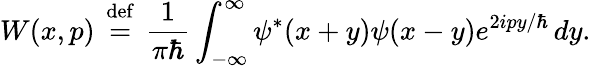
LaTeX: W(x,p)\, \ {\stackrel{\mathrm{def}}{=}}\ \, {\frac{1}{\pi\hbar}}\int_{-\infty}^{\infty}\psi^{*}(x+y)\psi(x-y)e^{2ipy/\hbar}\, dy.